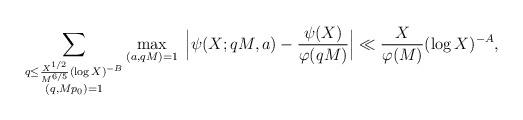
LaTeX: \begin{align*}\sum_{\substack{q\leq \frac{X^{1/2}}{M^{6/5}}(\log X)^{-B}\\(q,Mp_0)=1}}\max_{(a,qM)=1}\;\Big\lvert\psi(X;qM,a) - \frac{\psi(X)}{\varphi(qM)}\Big\rvert\ll\frac{X}{\varphi(M)}(\log X)^{-A},\end{align*}